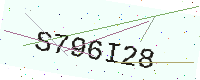
Text: S796I28